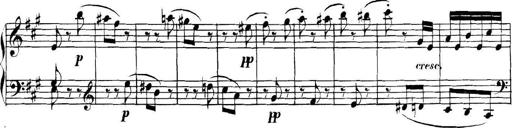
Title: Collected Piano Sonatas
Composer: Muzio Clementi